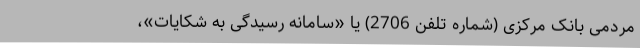
مردمی بانک مرکزی (شماره تلفن 2706) یا «سامانه رسیدگی به شکایات»،